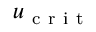
u _ { \mathrm { ~ c ~ r ~ i ~ t ~ } }